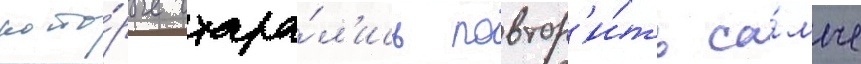
кото́рые стара́л'ись повтор'и́ть са́мые